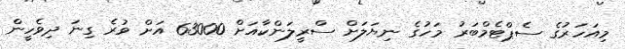
މިއަހަރުގެ ސެޕްޓެމްބަރު މަހުގެ ނިޔަލަށް ސްރީލަންކާއަށް 63000 އަށް ވުރެ ގިނަ ދިވެހީން